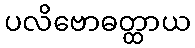
ပလိဗောဓတ္ထာယ